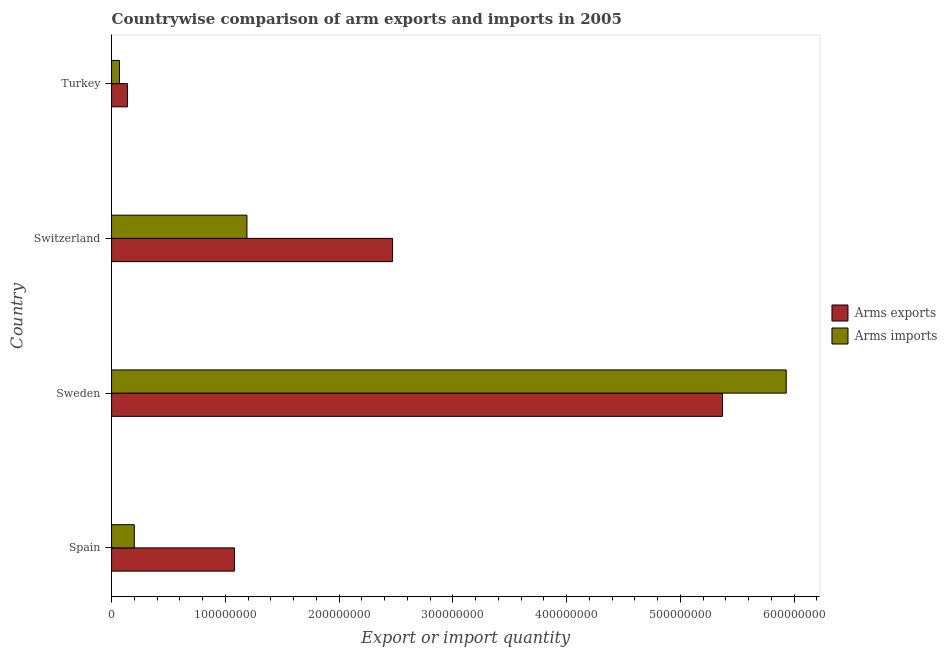
| Country | Arms exports | Arms imports |
 | --- | --- | --- |
 | Spain | 1.08e+08 | 2e+07 |
 | Sweden | 5.37e+08 | 5.93e+08 |
 | Switzerland | 2.47e+08 | 1.19e+08 |
 | Turkey | 1.4e+07 | 7e+06 |